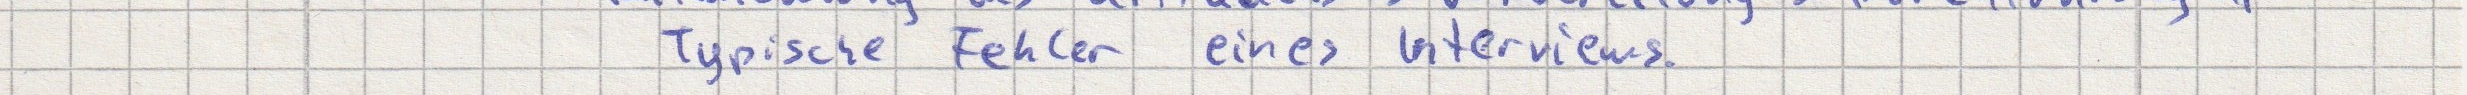
Typische Fehler eines Interviews.